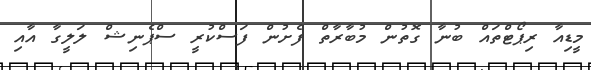
މީޑިއާ ރިޕޯޓްތައް ބުނާ ގޮތުން މުބާރާތް ފެށުން ފަސްކުރީ ސްޕެނިޝް ލަލީގާ އާއި